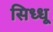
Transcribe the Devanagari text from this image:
सिध्धू